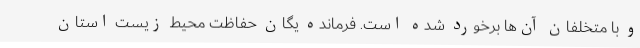
و با متخلفان آن‌ها برخورد شده است. فرمانده یگان حفاظت محیط زیست استان